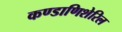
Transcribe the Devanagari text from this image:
कण्डाणिशेरिल